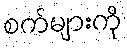
စက်များကို